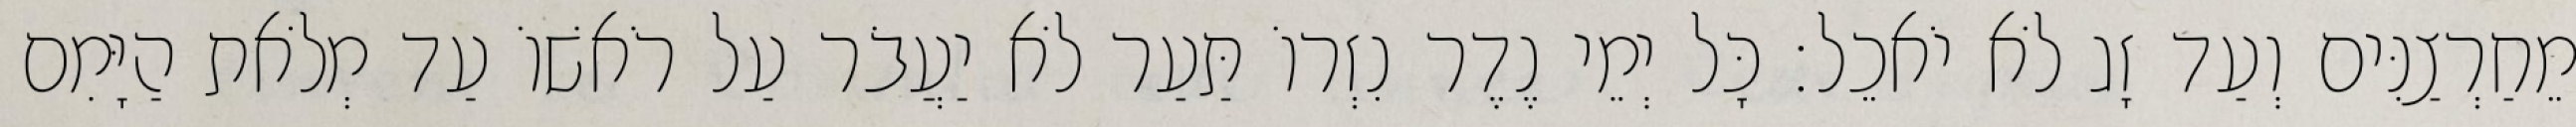
מֵחַרְצַנִּים וְעַד זָג לֹא יֹאכֵל׃ כָּל יְמֵי נֶדֶר נִזְרוֹ תַּעַר לֹא יַעֲבֹר עַל רֹאשׁוֹ עַד מְלֹאת הַיָּמִם